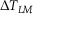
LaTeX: \Delta T _ { L M }